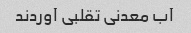
آب معدنی تقلبی آوردند